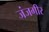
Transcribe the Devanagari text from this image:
जंजगीर